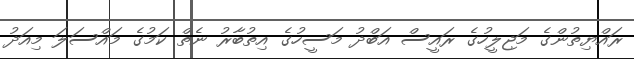
ރައްޔިތުންގެ މަޖިލީހުގެ ރައީސް އަބްދު މަސީހުގެ އިތުބާރު ނެތް ކަމުގެ މައްސަލަ މިއަދު